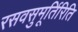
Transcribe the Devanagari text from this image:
रसवसुमूर्तिरिति